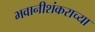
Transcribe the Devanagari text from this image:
भवानीशंकराच्या